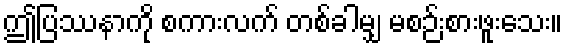
ဤပြဿနာကို စကားလက် တစ်ခါမျှ မစဉ်းစားဖူးသေး။